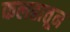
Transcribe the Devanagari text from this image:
कलहातून